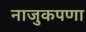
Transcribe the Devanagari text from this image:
नाजुकपणा